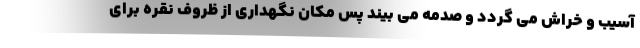
آسیب و خراش می گردد و صدمه می بیند پس مکان نگهداری از ظروف نقره برای